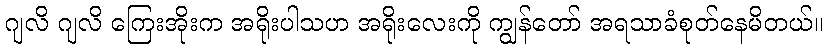
ဂျလိ ဂျလိ ကြေးအိုးက အရိုးပါသဟ အရိုးလေးကို ကျွန်တော် အရသာခံစုတ်နေမိတယ်။